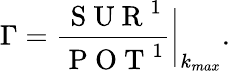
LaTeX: \Gamma=\frac{\mathrm{~S~U~R~}^{1}}{\mathrm{~P~O~T~}^{1}}\bigg|_{k_{max}}.